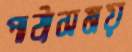
পাঠ্যসময়